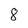
Character: 8